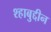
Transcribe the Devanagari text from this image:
श्हाबुद्दीन